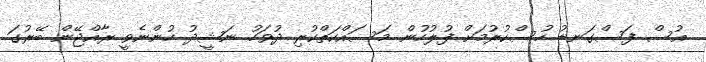
އުސް ފަސްގަނޑު ހުސްކުރުމަށް ފުލުހުން މަސައްކަތްކުރި ދުވަހު ނަޝީދު ހުންނެވީ ރާއްޖޭން ބޭރުގަ